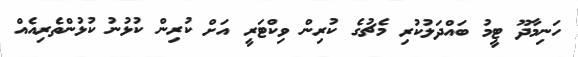
ހަނިމާދޫ ޓީމު ބައްދަލުކުރި މެޗުގެ ކުރިން ވިކްޓަރީ އަށް ކުރިން ކުޅުނު ކުޅުންތެރިއެއް